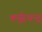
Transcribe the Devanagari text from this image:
कर्पूरचन्द्र